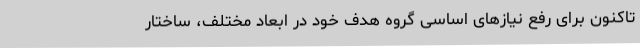
تاکنون برای رفع نیازهای اساسی گروه هدف خود در ابعاد مختلف، ساختار